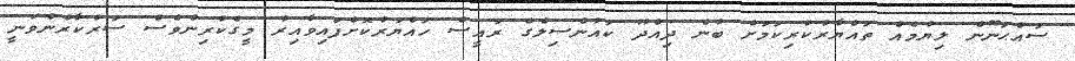
ސައްޙަނޫން ލިޔުމެއް ތައްޔާރުކުރިކަމަށް ބުނެ ދިއްދޫ ކައުންސިލްގެ ރައީސް ހައްޔަރުކޮށްފައިވާއިރު މީގެކުރިންވެސް ސަރުކާރުންވަނީ